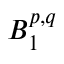
B _ { 1 } ^ { p , q }